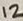
Text: 12